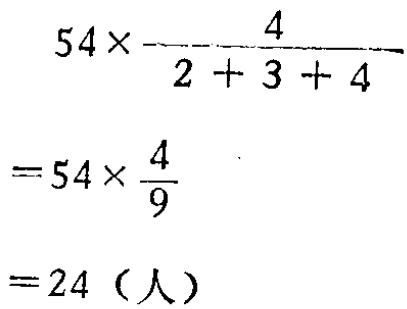
\[

\begin{align*}

&54\times\frac{4}{2 + 3 + 4}\\

=&54\times\frac{4}{9}\\

=&24（人）

\end{align*}

\]